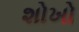
શોખો